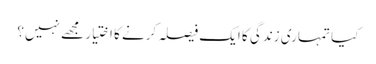
کیا تمہاری زندگی کا ایک فیصلہ کرنے کا اختیار مجھے نہیں؟